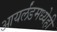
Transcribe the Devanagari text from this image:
आयर्लंडमध्येही